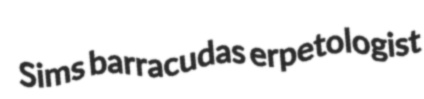
Sims barracudas erpetologist